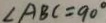
\angle A B C = 9 0 ^ { \circ }